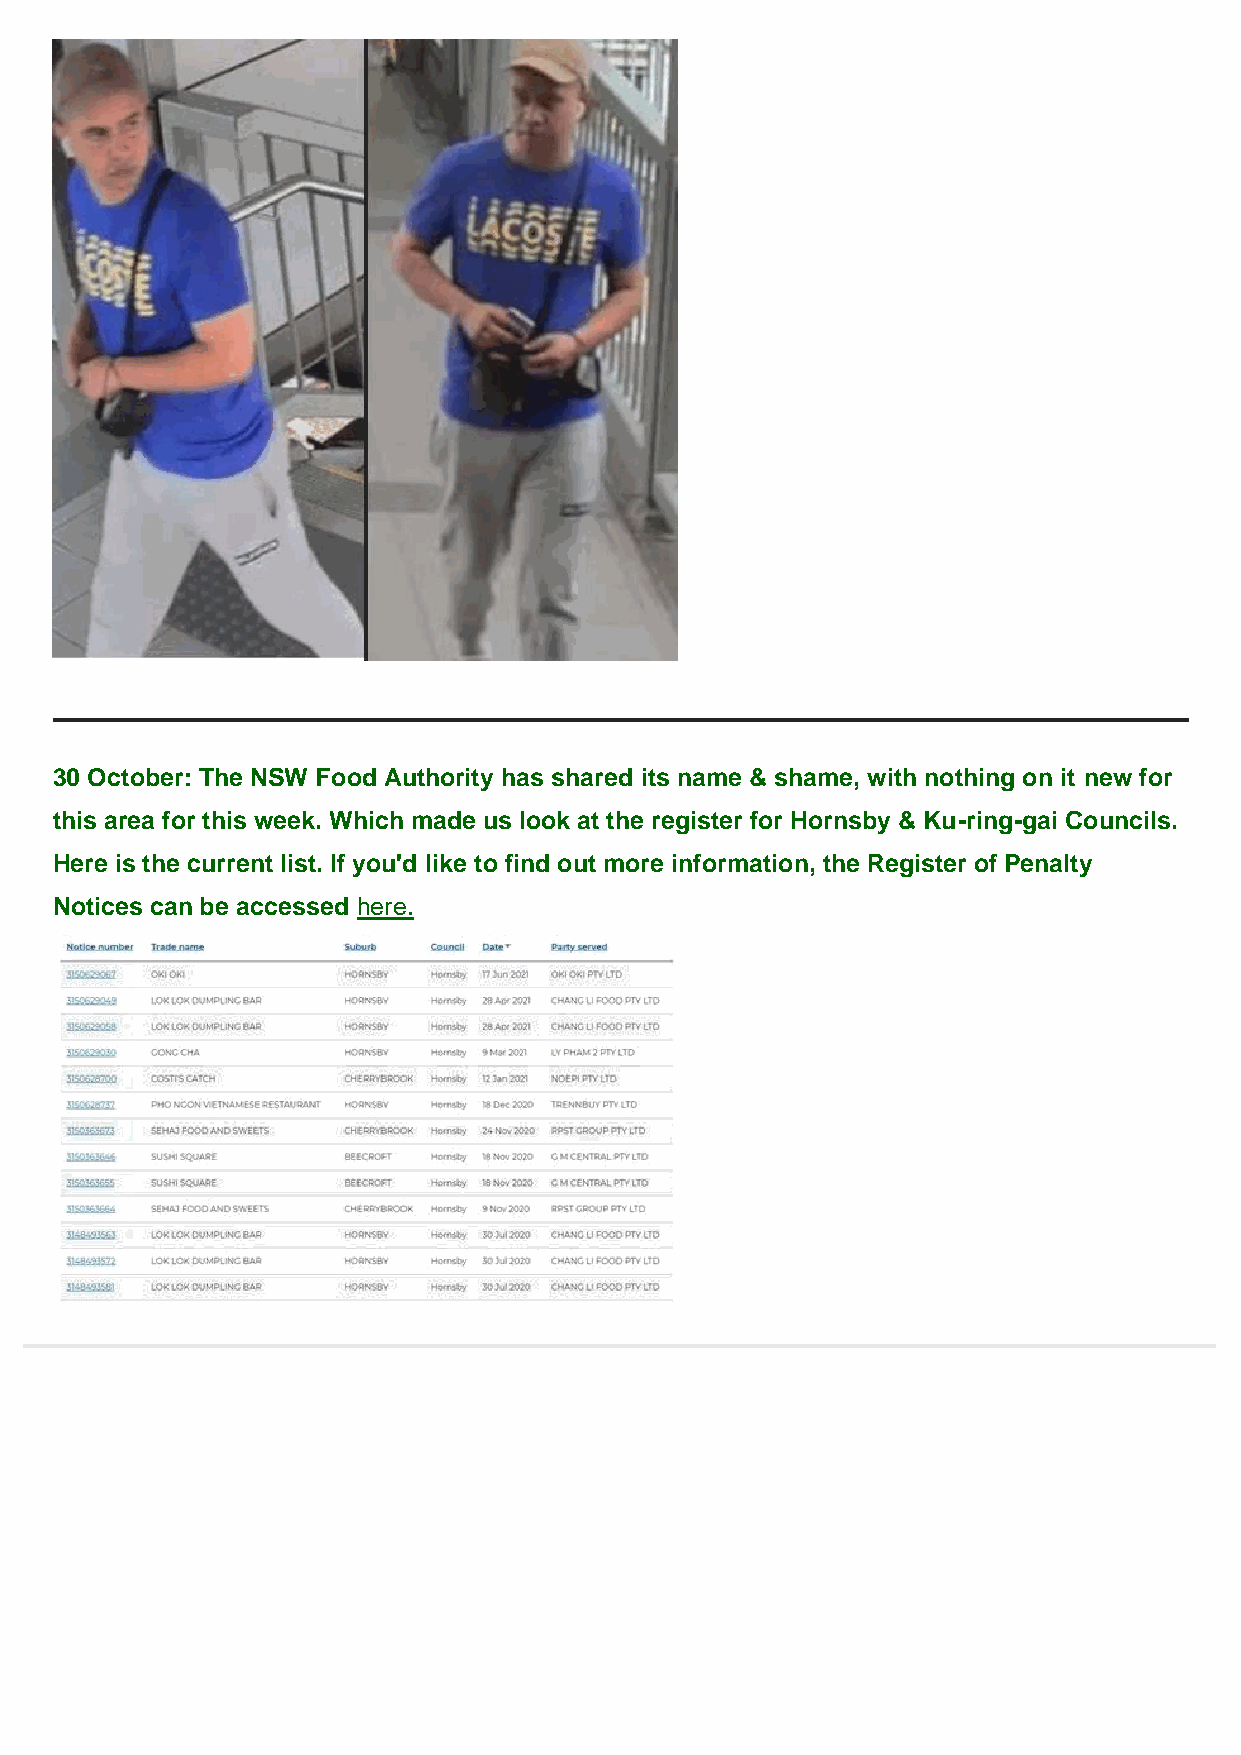
30 October: The NSW Food Authority has shared its name & shame, with nothing on it new for
 this area for this week. Which made us look at the register for Hornsby & Ku-ring-gai Councils.
 Here is the current list. If you'd like to find out more information, the Register of Penalty
 Notices can be accessed here.